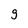
Character: g